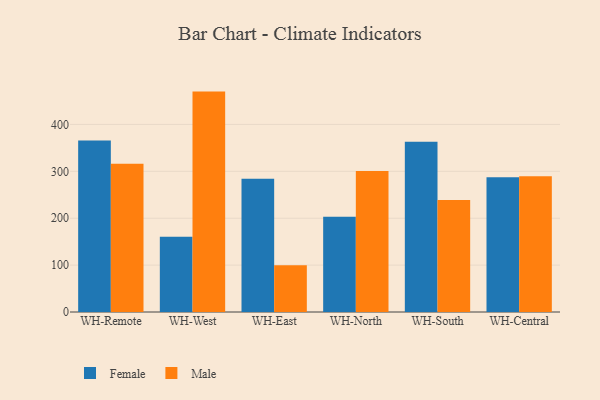
{"axis": {"x": "Warehouse", "y": "Gross Profit (USD K)"}, "legend": ["Female", "Male"], "data": [{"x": "WH-Remote", "y": 365.8, "type": "Female"}, {"x": "WH-Remote", "y": 316.4, "type": "Male"}, {"x": "WH-West", "y": 160.5, "type": "Female"}, {"x": "WH-West", "y": 470.0, "type": "Male"}, {"x": "WH-East", "y": 284.0, "type": "Female"}, {"x": "WH-East", "y": 99.8, "type": "Male"}, {"x": "WH-North", "y": 203.3, "type": "Female"}, {"x": "WH-North", "y": 300.7, "type": "Male"}, {"x": "WH-South", "y": 363.1, "type": "Female"}, {"x": "WH-South", "y": 238.8, "type": "Male"}, {"x": "WH-Central", "y": 287.4, "type": "Female"}, {"x": "WH-Central", "y": 289.6, "type": "Male"}]}